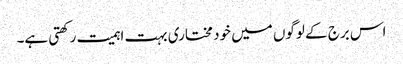
اس برج کے لوگوں میں خود مختاری بہت اہمیت رکھتی ہے۔